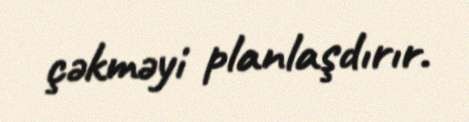
çəkməyi planlaşdırır.